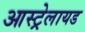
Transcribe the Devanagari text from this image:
आस्ट्रेलायड